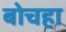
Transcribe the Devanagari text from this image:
बोचहा